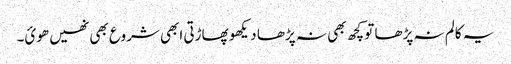
یہ کالم نہ پڑھا تو کچھ بھی نہ پڑھا دیکھو پھاڑتی ابھی شروع بھی نھیں ھوئ۔